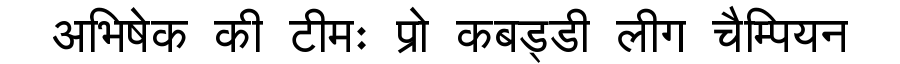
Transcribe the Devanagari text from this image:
अभिषेक की टीमः प्रो कबड्डी लीग चैम्पियन